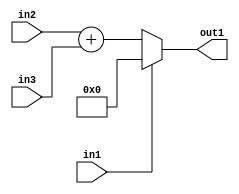
`timescale 1ps / 1ps
/*****************************************************************************
    Verilog RTL Description
    
    
    Created by: Stratus DpOpt 21.05.01 
*******************************************************************************/

module dut_entirecomputation_alt17_1 (
	in1,
	in2,
	in3,
	out1
	); /* architecture "behavioural" */ 
input  in1;
input [10:0] in2,
	in3;
output [11:0] out1;
wire [11:0] asc001,
	asc002;

assign asc002 = 
	+(in2)
	+(in3);

reg [11:0] asc001_tmp_0;
assign asc001 = asc001_tmp_0;
always @ (in1 or asc002) begin
	case (in1)
		1'B1 : asc001_tmp_0 = 12'B000000000000 ;
		default : asc001_tmp_0 = asc002 ;
	endcase
end

assign out1 = asc001;
endmodule

/* CADENCE  v7DzQg4= : u9/ySxbfrwZIxEzHVQQV8Q== ** DO NOT EDIT THIS LINE ******/